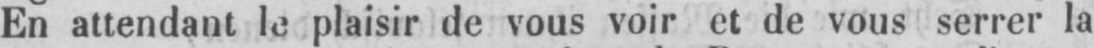
En attendant le plaisir de vous voir et de vous serrer la